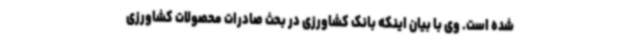
شده است. وی با بیان اینکه بانک کشاورزی در بحث صادرات محصولات کشاورزی